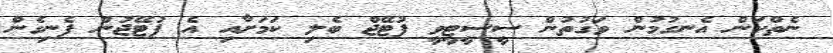
ނެތްކަން އެނގުމުން ވަގުތުން ސީސީޓީވީ ފުޓޭޖް ބެލި ކަމަށާއި އެ ފުޓޭޖުން ފެނިގެން